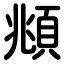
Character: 頫